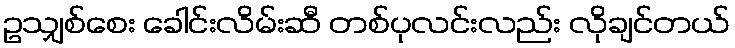
ဥသျှစ်စေး ခေါင်းလိမ်းဆီ တစ်ပုလင်းလည်း လိုချင်တယ်